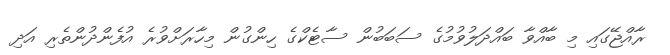
ރާއްޖޭގައި މި ބާއްވާ ބައްދަލުވުމުގެ ސަބަބުން ސާޓެކްގެ ހިންގުން މިހާރަށްވުރެ އުފެންދުންތެރި އަދި